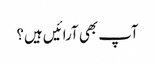
آپ بھی آرائیں ہیں؟